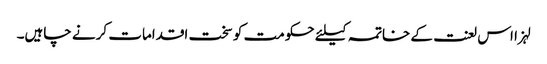
لہزا اس لعنت کے خاتمہ کیلئے حکومت کو سخت اقدامات کرنے چاہیں۔